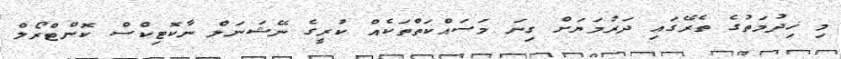
މި ޚިދުމަތުގެ ތެރޭގައި ދަރުމަޔަށް ގިނަ މަސައްކަތްތަކެއް ކުރީގެ ނޭޝަނަލް ނާކޮޓިކްސް ކޮންޓްރޯލް